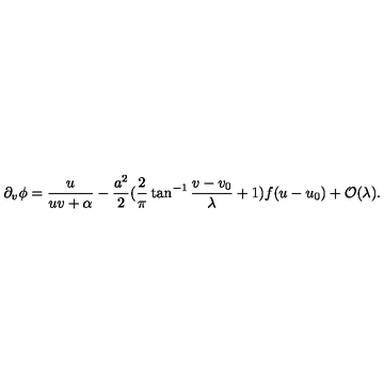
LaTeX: \partial _ { v } \phi = \frac { u } { u v + \alpha } - \frac { a ^ { 2 } } { 2 } ( \frac { 2 } { \pi } \tan ^ { - 1 } \frac { v - v _ { 0 } } { \lambda } + 1 ) f ( u - u _ { 0 } ) + { \cal O } ( \lambda ) .